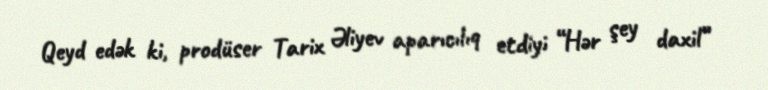
Qeyd edək ki, prodüser Tarix Əliyev aparıcılıq etdiyi “Hər şey daxil”